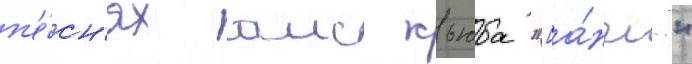
п'е́сн'ях аис кьюба "[а́нгл."